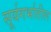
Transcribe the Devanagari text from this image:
सूर्यगर्भातील